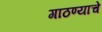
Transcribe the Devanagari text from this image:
गाठण्याचे